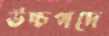
উচ্চপদে